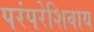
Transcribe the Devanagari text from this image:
परंपरेशिवाय